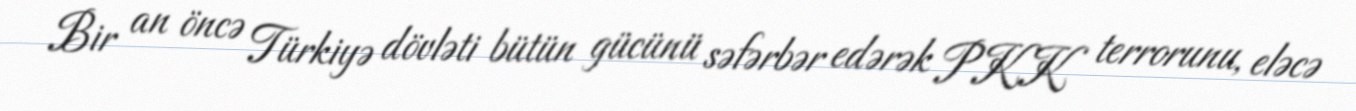
Bir an öncə Türkiyə dövləti bütün gücünü səfərbər edərək PKK terrorunu, eləcə